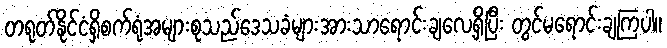
တရုတ်နိုင်ငံရှိစက်ရုံအများစုသည်ဒေသခံများအားသာရောင်းချလေ့ရှိပြီး တွင်မရောင်းချကြပါ။